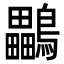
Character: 鸓